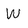
Character: W